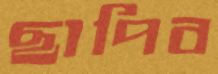
ছাপিব